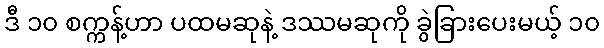
ဒီ ၁၀ စက္ကန့်ဟာ ပထမဆုနဲ့ ဒဿမဆုကို ခွဲခြားပေးမယ့် ၁၀